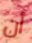
أن